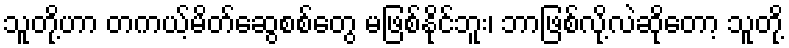
သူတို့ဟာ တကယ့်မိတ်ဆွေစစ်တွေ မဖြစ်နိုင်ဘူး၊ ဘာဖြစ်လို့လဲဆိုတော့ သူတို့